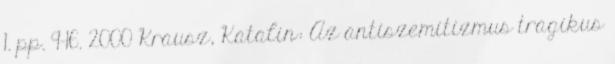
1. pp. 9-16. 2000 Krausz, Katalin: Az antiszemitizmus tragikus